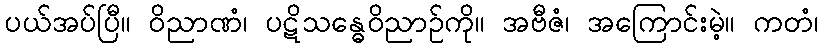
ပယ်အပ်ပြီ။ ဝိညာဏံ၊ ပဋိသန္ဓေဝိညာဉ်ကို။ အဗီဇံ၊ အကြောင်းမဲ့။ ကတံ၊